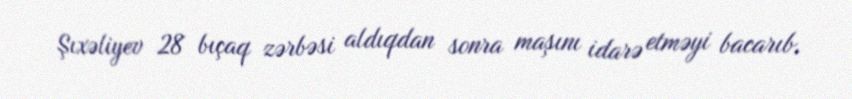
Şıxəliyev 28 bıçaq zərbəsi aldıqdan sonra maşını idarə etməyi bacarıb.